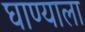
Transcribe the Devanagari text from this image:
घाण्याला